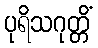
ပုရိသဂုတ္တိံ